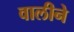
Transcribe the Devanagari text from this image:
वालीने